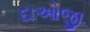
દાઓજી